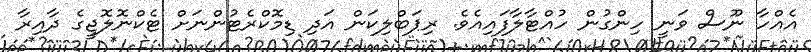
އެއްހާ ނޫސް ވަނީ ހިންގުން ހުއްޓާލާފައިއެވެ. ރިޕަބްލިކަން އަދި ޑިމޮކްރެޓުންނަށް ޓެކްނޮލޮޖީގެ ދާއިރާ